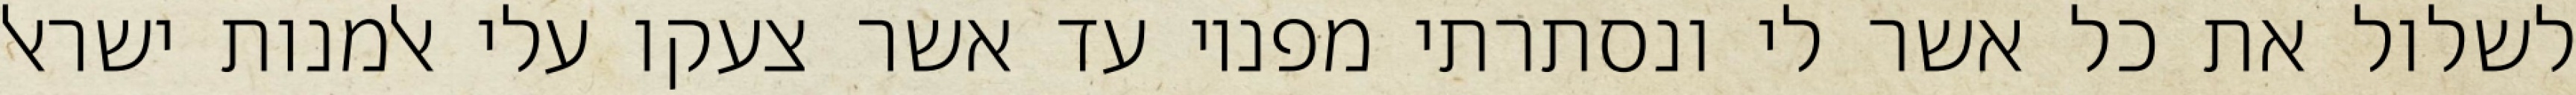
לשלול את כל אשר לי ונסתרתי מפניו עד אשר צעקו עלי אלמנות ישראל